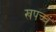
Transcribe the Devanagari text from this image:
खपच्च